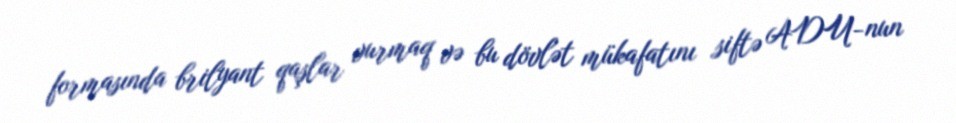
formasında brilyant qaşlar vurmaq və bu dövlət mükafatını siftə ADU-nun